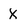
Character: X